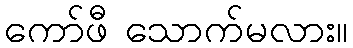
ကော်ဖီ သောက်မလား။